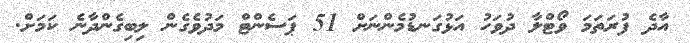
އާދެ ފުރަތަމަ ވޯޓްލާ ދުވަހު އަޅުގަނޑުމެންނަށް 51 ޕަސެންޓް މަދުވެގެން ލިބިގެންދާނެ ކަމަށް.